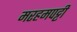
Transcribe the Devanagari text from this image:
मरहमपट्टी